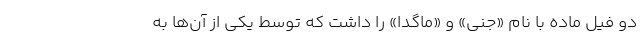
دو فیل ماده با نام «جنی» و «ماگدا» را داشت که توسط یکی از آن‌ها به